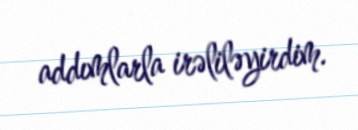
addımlarla irəliləyirdim.